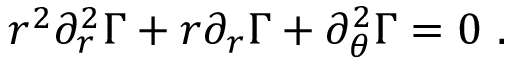
r ^ { 2 } \partial _ { r } ^ { 2 } \Gamma + r \partial _ { r } \Gamma + \partial _ { \theta } ^ { 2 } \Gamma = 0 \ .